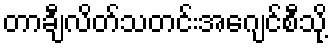
တာချီလိတ်သတင်းအေဂျင်စီသို့